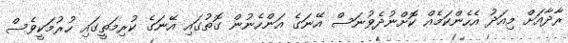
ރާދާއަށް މިއަދު އެހެންކަމެއް ކޮށްނުދެވުނަސް އޭނަގެ އަންހެނުން ގޮތުގައި އޭނަގެ ކުރިމަތީގައި ހުރުމަކީވެސް